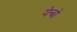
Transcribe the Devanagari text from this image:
येन्बो